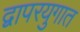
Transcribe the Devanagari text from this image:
द्वापरयुगात